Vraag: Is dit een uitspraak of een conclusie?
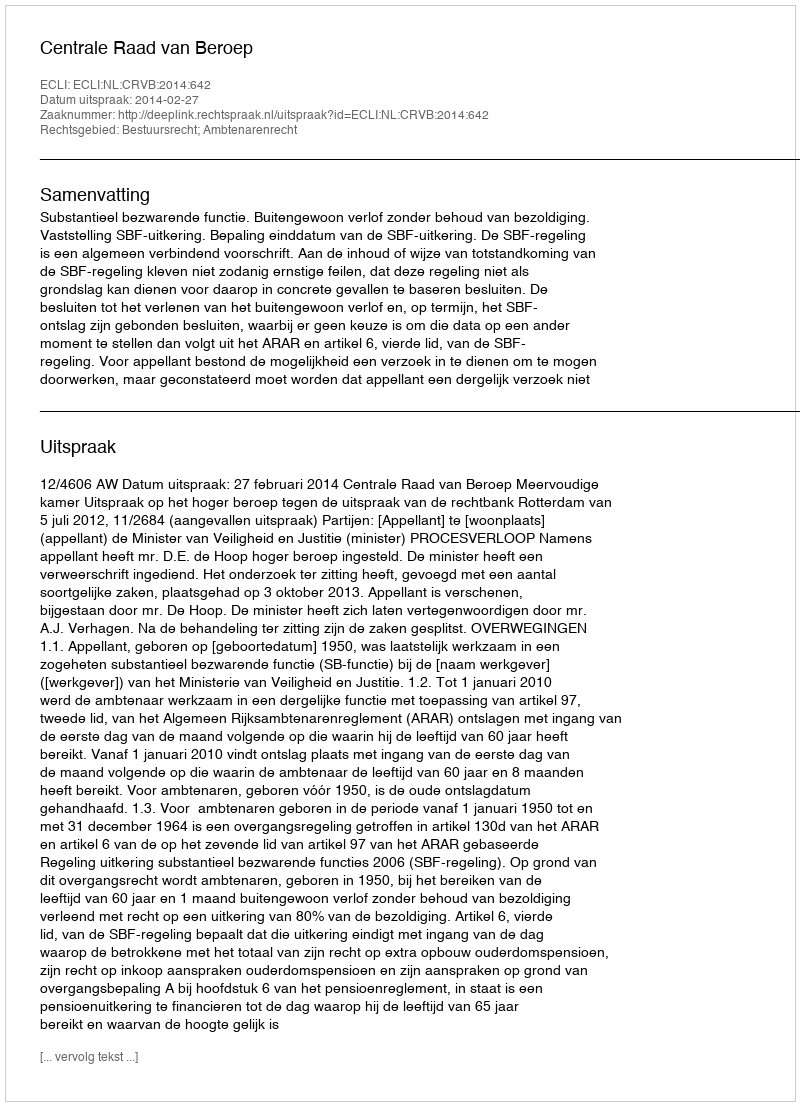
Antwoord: Uitspraak